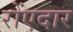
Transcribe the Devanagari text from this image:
रोंएदार